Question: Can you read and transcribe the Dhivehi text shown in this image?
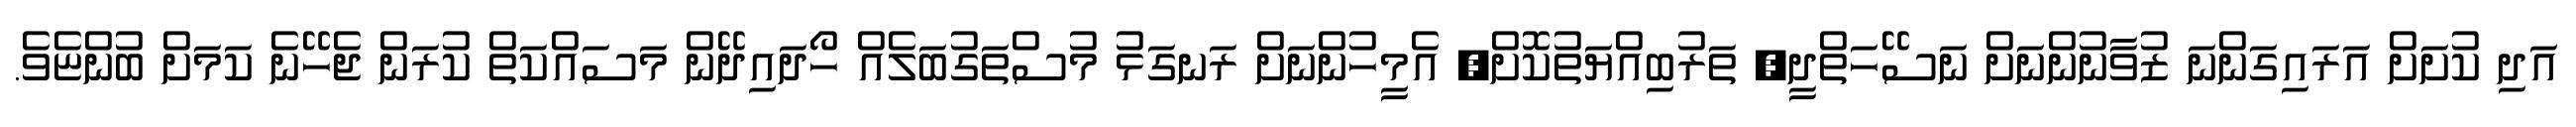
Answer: އަދި ކުށަށް އަރައިގަންނަ ޒުވާނުންނަށް ނަސޭހަތްދީ, ތަރުބިއްޔަތުކޮށް, އެމީހުންނަށް ރަނގަޅު މުސްތަގުބަލެއް ހޯދައިދޭން މަސައްކަތް ކުރަން ޖެހޭނެ ކަމަށް ބުންޏެވެ.